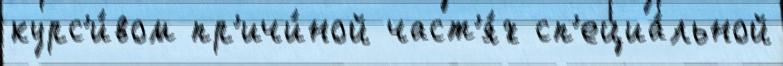
курс'и́вом пр'ичи́ной част'я́х сп'ециа́льной